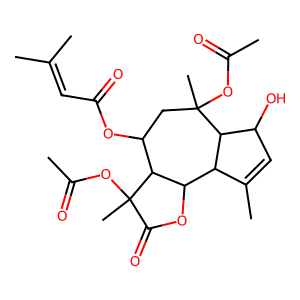
SMILES: CC(=O)OC1(C)CC(OC(=O)C=C(C)C)C2C(OC(=O)C2(C)OC(C)=O)C2C(C)=CC(O)C21
Inhibits HIV replication: No